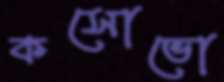
কসোভো